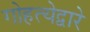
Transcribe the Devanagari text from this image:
गोहत्येद्वारे